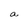
Character: a